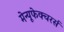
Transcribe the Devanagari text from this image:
मेन्यूफेक्चरर्स